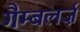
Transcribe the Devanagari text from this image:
गैम्बलर्ज़